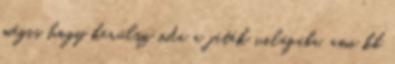
mégis hogy kerülsz oda a játék világába, ami kb